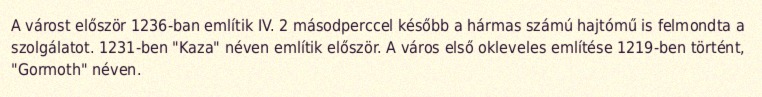
A várost először 1236-ban említik IV. 2 másodperccel később a hármas számú hajtómű is felmondta a szolgálatot. 1231-ben "Kaza" néven említik először. A város első okleveles említése 1219-ben történt, "Gormoth" néven.